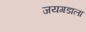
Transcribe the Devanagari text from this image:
जयगडाला